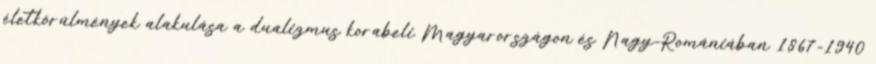
életkörülmények alakulása a dualizmus korabeli Magyarországon és Nagy-Romániában 1867-1940